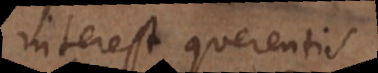
interest querentis.